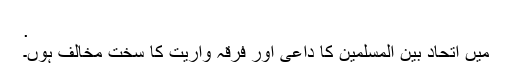
.
میں اتحاد بین المسلمین کا داعی اور فرقہ واریت کا سخت مخالف ہوں۔